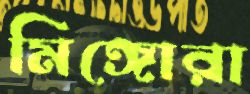
মিঙ্গোরা